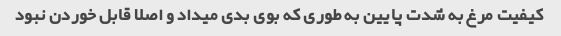
کیفیت مرغ به شدت پایین به طوری که بوی بدی میداد و اصلا قابل خوردن نبود